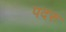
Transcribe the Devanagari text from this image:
पदरु